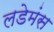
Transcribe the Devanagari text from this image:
लडेमंस